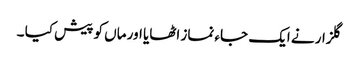
گلزار نے ایک جاء نماز اٹھایا اور ماں کو پیش کیا ۔